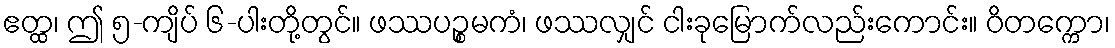
ဧတ္ထ၊ ဤ ၅-ကျိပ် ၆-ပါးတို့တွင်။ ဖဿပဉ္စမကံ၊ ဖဿလျှင် ငါးခုမြောက်လည်းကောင်း။ ဝိတက္ကော၊